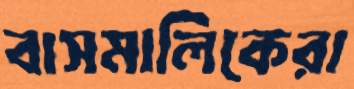
বাসমালিকেরা